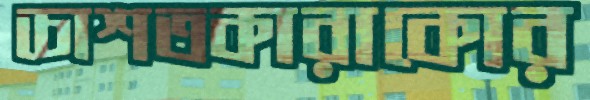
চোশতকারাকোর